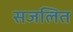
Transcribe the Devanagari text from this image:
सजलित